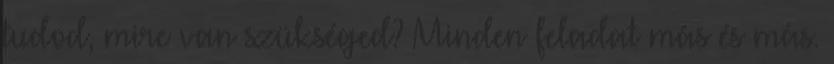
tudod, mire van szükséged? Minden feladat más és más.